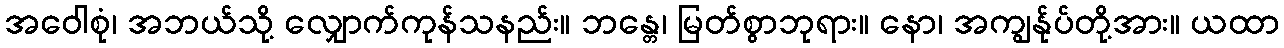
အဝေါစုံ၊ အဘယ်သို့ လျှောက်ကုန်သနည်း။ ဘန္တေ၊ မြတ်စွာဘုရား။ နော၊ အကျွန်ုပ်တို့အား။ ယထာ